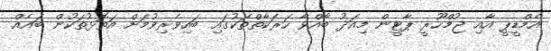
އެމްޑީޕީ އާއި ޖުމްހޫރީ ޕާޓީން މިއަދު ބާއްވާ ހަރަކާތްތަކުގައި ބައިވެރިވުމަށް އަތޮޅުތަކުން ބައެއް